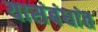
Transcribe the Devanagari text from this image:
यासंबंधांत